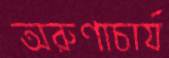
অরুণাচার্য